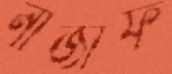
নাজাফ